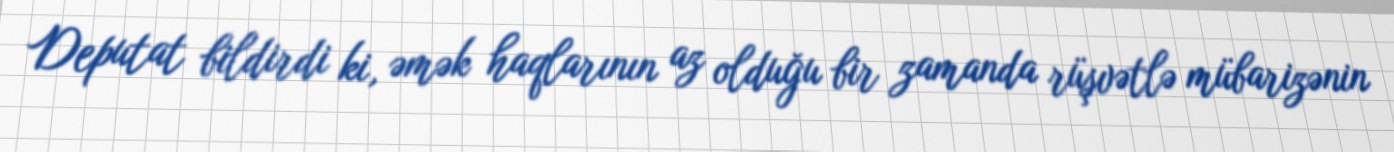
Deputat bildirdi ki, əmək haqlarının az olduğu bir zamanda rüşvətlə mübarizənin